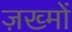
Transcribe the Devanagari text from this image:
ज़ख्‍मों